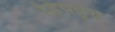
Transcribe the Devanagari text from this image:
डिपवृत्त